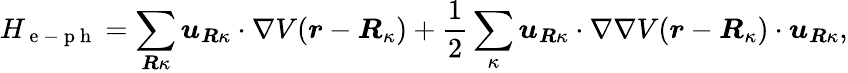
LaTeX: H_{\mathrm{~e~-~p~h~}}=\sum_{\boldsymbol{R}\kappa}\boldsymbol{u}_{\boldsymbol{R}\kappa}\cdot\nabla V(\boldsymbol{r}-\boldsymbol{R}_{\kappa})+\frac{1}{2}\sum_{\kappa}\boldsymbol{u}_{\boldsymbol{R}\kappa}\cdot\nabla\nabla V(\boldsymbol{r}-\boldsymbol{R}_{\kappa})\cdot\boldsymbol{u}_{\boldsymbol{R}\kappa},